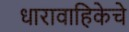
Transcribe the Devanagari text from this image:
धारावाहिकेचे